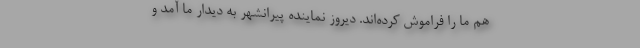
هم ما را فراموش کرده‌اند. دیروز نماینده پیرانشهر به دیدار ما آمد و